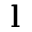
\mathbf { l }